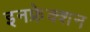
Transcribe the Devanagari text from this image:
इनफ्रेक्शन